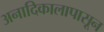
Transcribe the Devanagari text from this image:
अनादिकालापासून